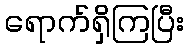
ရောက်ရှိကြပြီး